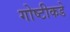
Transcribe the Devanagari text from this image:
गोष्टीकडे